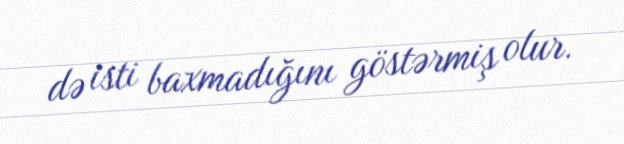
də isti baxmadığını göstərmiş olur.